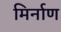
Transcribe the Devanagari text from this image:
मिर्नाण